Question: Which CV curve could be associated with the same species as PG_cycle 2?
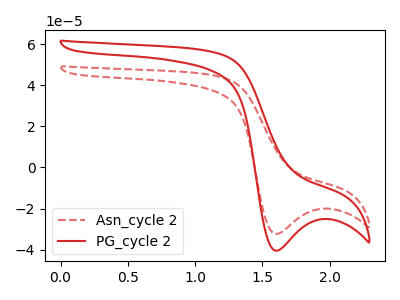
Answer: <think>The red dashed curve "Asn_cycle 2" has a cathodic peak at: (1.60V, -32.35uA). The red curve "PG_cycle 2" has a cathodic peak at: (1.60V, -40.50uA).
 All the peaks in "Asn_cycle 2" have a peak in "PG_cycle 2" at the same potential. Every peak in "Asn_cycle 2" is lower than every peak in "PG_cycle 2".</think>
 <answer>The CV with the most similar shape to "Asn_cycle 2" is "PG_cycle 2".</answer>
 <eval>"PG_cycle 2"</eval>